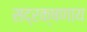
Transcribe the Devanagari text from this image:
सद्रक्षणाय